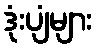
ဒုံးပျံများ